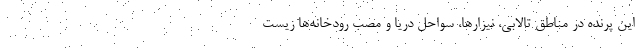
این پرنده در مناطق تالابی، نیزارها، سواحل دریا و مصب رودخانه‌ها زیست